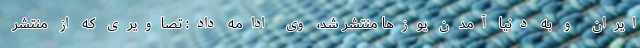
ایران و به دنیا آمدن یوزها منتشر شد، وی ادامه داد: تصاویری که از منتشر